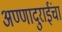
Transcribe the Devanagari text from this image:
अण्णादुराईंचा